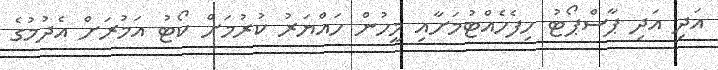
އަދި އަދި ޕާސްޕޯޓު ހިފެހެއްޓުމަށާއި މީހުން ހައްޔަރު ކުރުމަށް ކޯޓު އަމުރަށް އެދުމުގެ